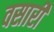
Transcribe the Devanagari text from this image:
वसारी